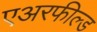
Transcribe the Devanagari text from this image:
एअरफील्ड